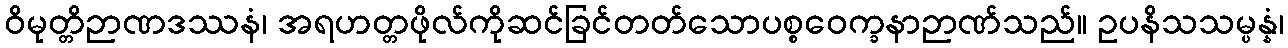
ဝိမုတ္တိဉာဏဒဿနံ၊ အရဟတ္တဖိုလ်ကိုဆင်ခြင်တတ်သောပစ္စဝေက္ခနာဉာဏ်သည်။ ဥပနိသသမ္ပန္နံ၊